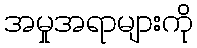
အမှုအရာများကို